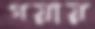
গয়ায়